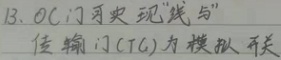
13. OC门可实现“线与”，传输门(TG)为模拟开关